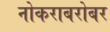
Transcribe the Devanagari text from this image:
नोकराबरोबर